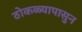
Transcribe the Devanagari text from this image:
ठोकळ्यापासुन